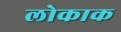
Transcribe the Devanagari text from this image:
लोकाक